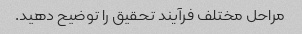
مراحل مختلف فرآیند تحقیق را توضیح دهید.